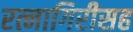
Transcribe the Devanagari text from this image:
रत्नागिरीसह